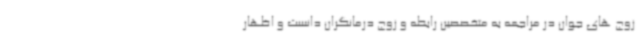
زوج های جوان در مراجعه به متخصصین رابطه و زوج درمانگران دانست و اظهار